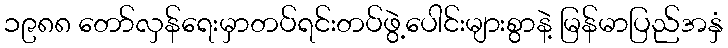
၁၉၈၈ တော်လှန်ရေးမှာတပ်ရင်းတပ်ဖွဲ့ပေါင်းများစွာနဲ့ မြန်မာပြည်အနှံ